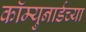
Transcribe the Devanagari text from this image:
कॉम्युनार्डच्या